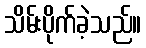
သိမ်းပိုက်ခဲ့သည်။